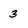
Character: 3